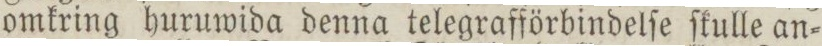
omkring buruwida denna telegrafförbindelſe ſkulle an=